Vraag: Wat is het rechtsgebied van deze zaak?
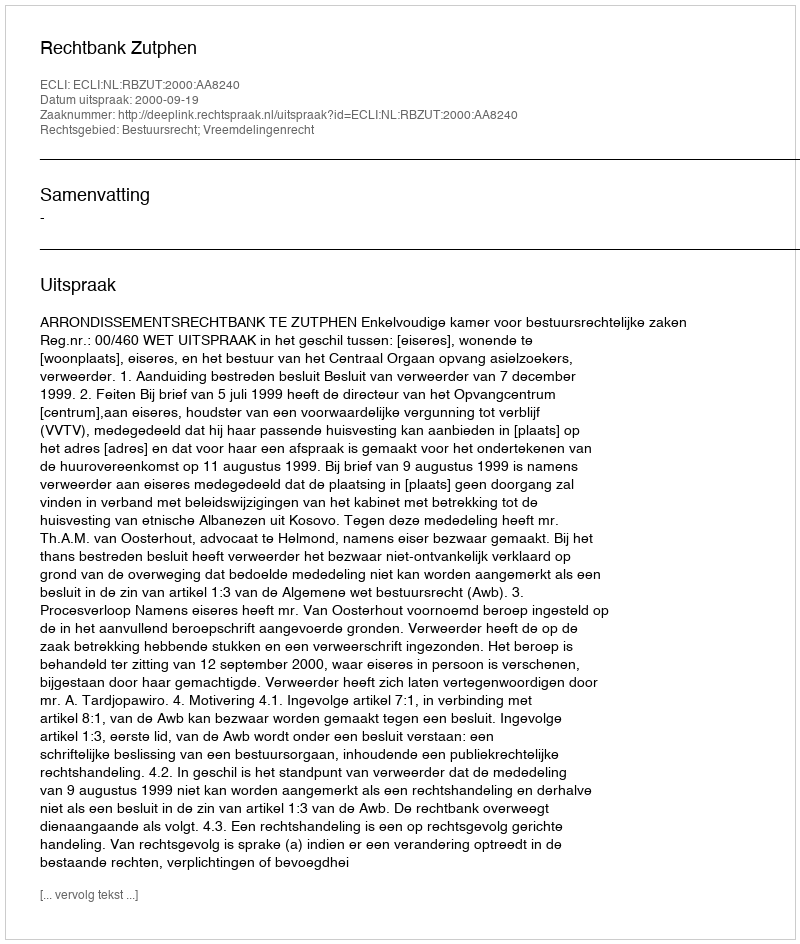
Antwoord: Bestuursrecht; Vreemdelingenrecht